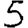
Digit: 5